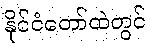
နိုင်ငံတော်ထဲတွင်